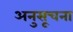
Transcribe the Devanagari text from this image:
अनुसूचना